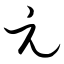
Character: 元